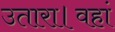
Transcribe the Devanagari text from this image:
उतारा।वहां